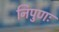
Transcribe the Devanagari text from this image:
निपुणः